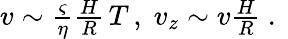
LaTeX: \begin{array}{r}{v\sim\frac{\varsigma}{\eta}\frac{H}{R}\, T\, ,\; v_{z}\sim v\frac{H}{R}\ .\ }\end{array}